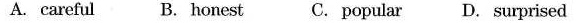
A. careful B. honest C. Popular D. surprised